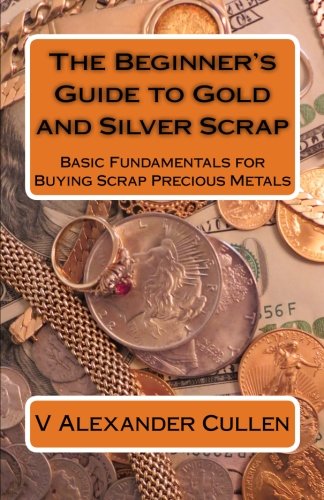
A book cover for The Beginner's Guide to Gold and Silver Scrap: Basic Fundamentals for Buying Scrap Precious Metals; V Alexander Cullen; Crafts, Hobbies & Home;